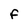
Character: F